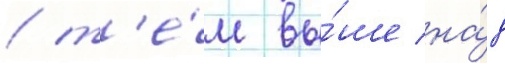
/ т'е́м вы́ше на́д